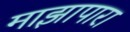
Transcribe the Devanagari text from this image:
माझापारा